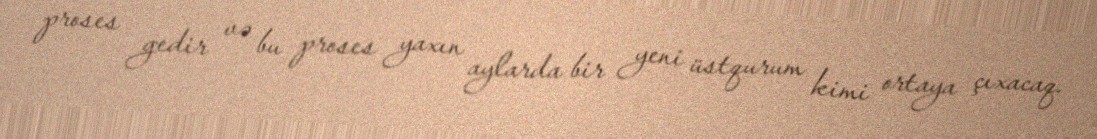
proses gedir və bu proses yaxın aylarda bir yeni üstqurum kimi ortaya çıxacaq.